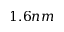
1 . 6 n m